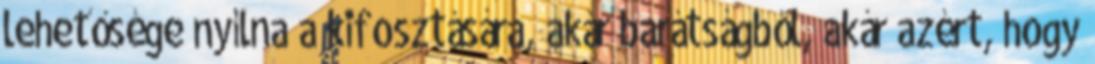
lehetősége nyílna a kifosztására, akár barátságból, akár azért, hogy